Calcutta medical institutions reports 1879-81 [i.e.91]
Year: 1879
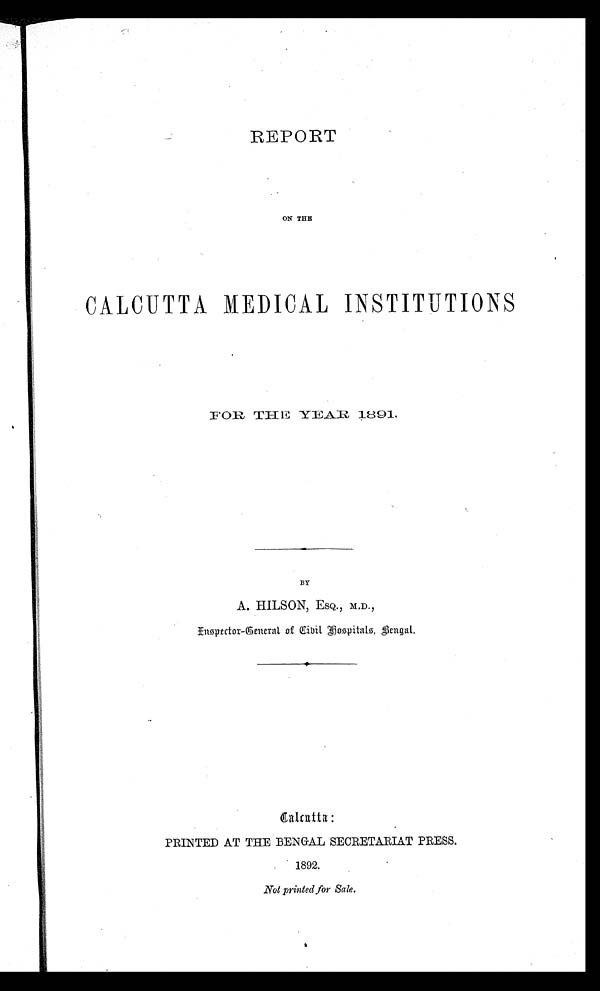
REPORT
ON THE
CALCUTTA MEDICAL INSTITUTIONS
FOR THE YEAR 1891.
BY
A. HILSON, ESQ., M.D.,
Inspector-General of Civil Hospitals, Bengal.
PRINTED AT THE BENGAL SECRETARIAT PRESS.
1892.
Not printed for Sale.